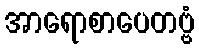
အာရောစာပေတဗ္ဗံ